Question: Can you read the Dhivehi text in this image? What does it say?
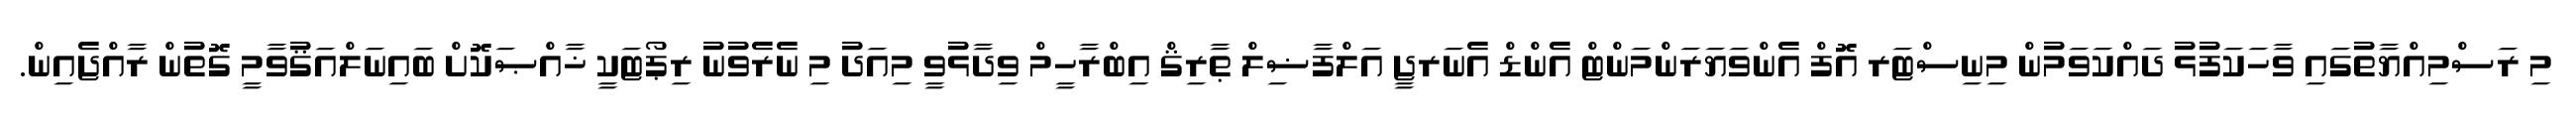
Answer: މި ރަސްމިއްޔާތުގައި ވާހަކަފުޅު ދައްކަވަމުން މިނިސްޓަރ އޮފް އެންވަޔަރަންމަންޓް އެންޑް އެނަރޖީ އަލްފާޟިލް ޠާރިޤް އިބްރާހީމް ވިދާޅުވީ މިއަދު މި ނެރެވުނު ރިޕޯޓަކީ ޚާއްޞަކޮށް ބައިނަލްއަޤުވާމީ ގޮތުން ރާއްޖެއިން.